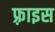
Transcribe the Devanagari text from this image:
फ़्राइस